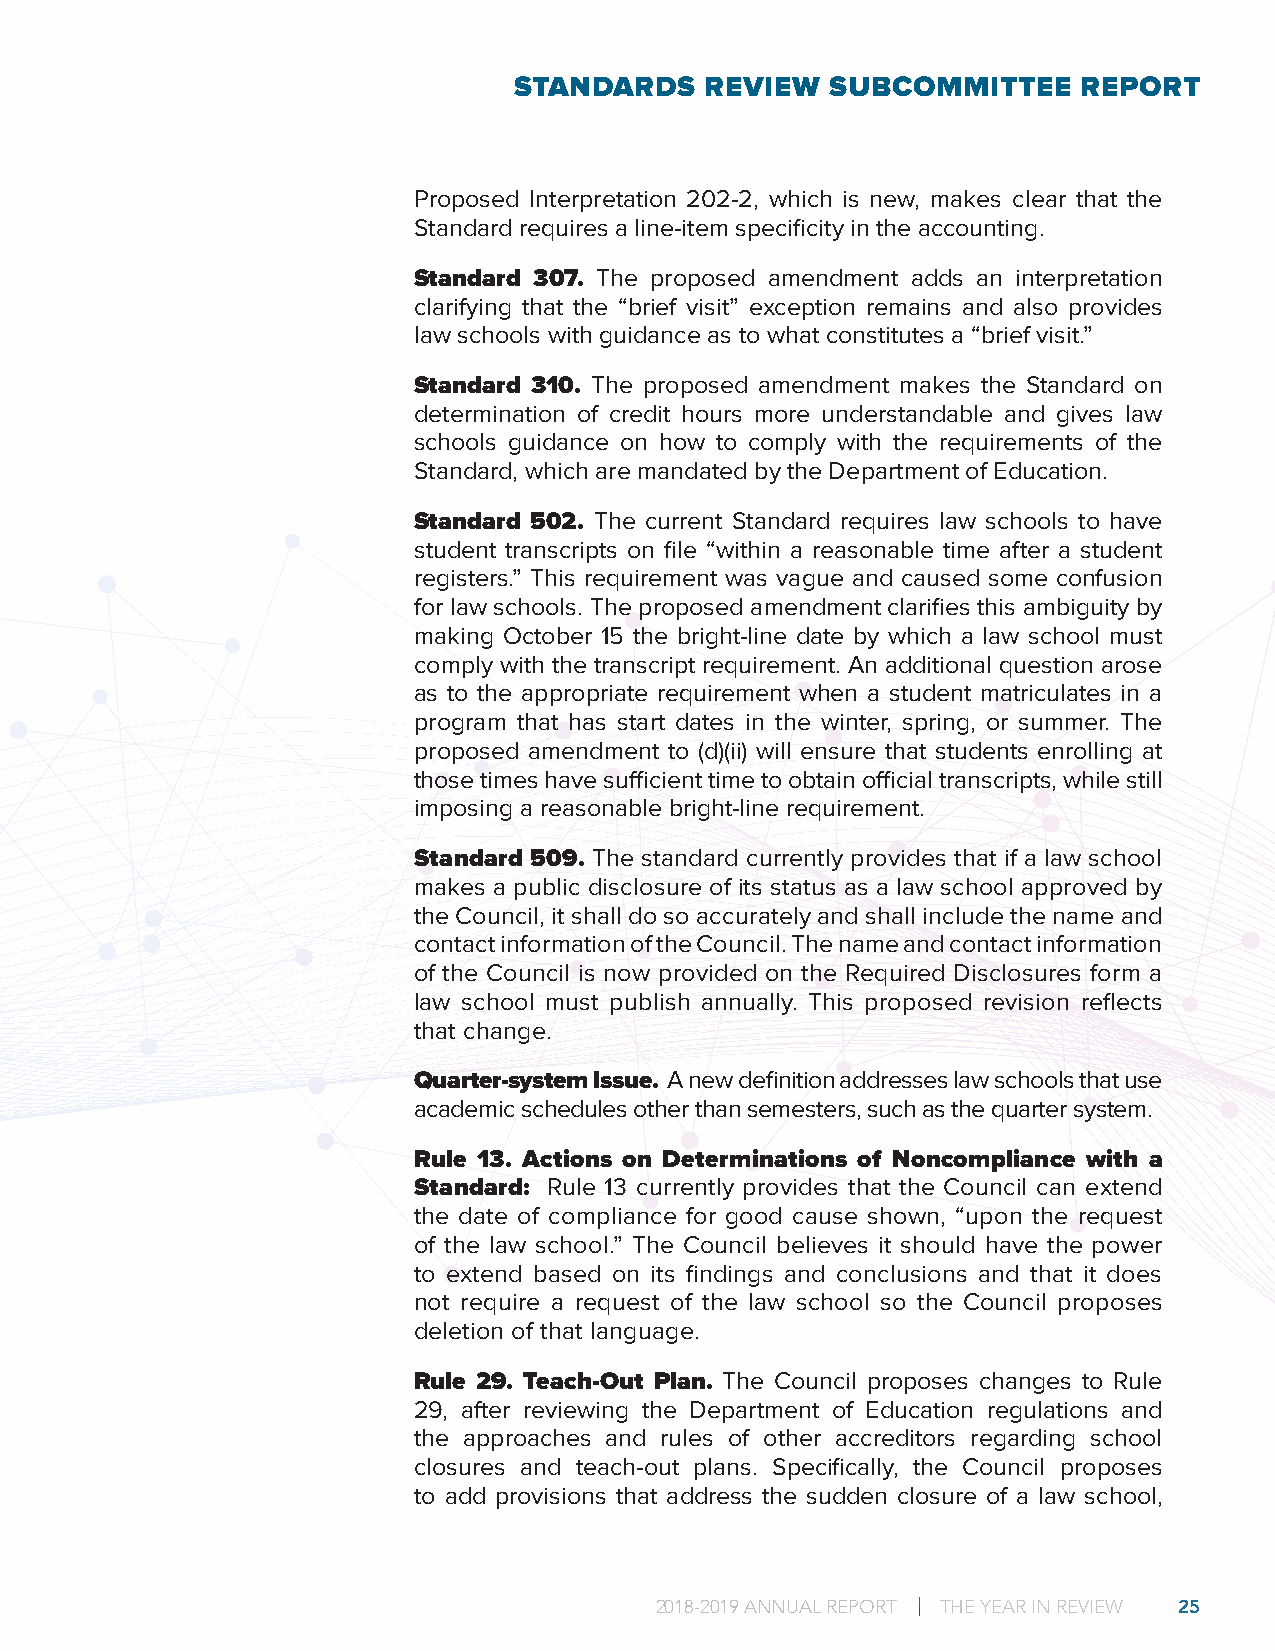
STANDARDS    REVIEW  SUBCOMMITTEE     REPORT
 Proposed Interpretation 202-2, which is new, makes clear that the
 Standard requires a line-item specificity in the accounting.
 Standard 307. The proposed amendment adds an interpretation
 clarifying that the “brief visit” exception remains and also provides
 law schools with guidance as to what constitutes a “brief visit.”
 Standard 310. The proposed amendment makes the Standard on
 determination of credit hours more understandable and gives law
 schools guidance on how to comply with the requirements of the
 Standard, which are mandated by the Department of Education.
 Standard 502. The current Standard requires law schools to have
 student transcripts on file “within a reasonable time after a student
 registers.” This requirement was vague and caused some confusion
 for law schools. The proposed amendment clarifies this ambiguity by
 making October 15 the bright-line date by which a law school must
 comply with the transcript requirement. An additional question arose
 as to the appropriate requirement when a student matriculates in a
 program that has start dates in the winter, spring, or summer. The
 proposed amendment to (d)(ii) will ensure that students enrolling at
 those times have sufficient time to obtain official transcripts, while still
 imposing a reasonable bright-line requirement.
 Standard 509. The standard currently provides that if a law school
 makes a public disclosure of its status as a law school approved by
 the Council, it shall do so accurately and shall include the name and
 contact information of the Council. The name and contact information
 of the Council is now provided on the Required Disclosures form a
 law school must publish annually. This proposed revision reflects
 that change.
 Quarter-system Issue. A new definition addresses law schools that use
 academic schedules other than semesters, such as the quarter system.
 Rule 13. Actions on Determinations of Noncompliance with a
 Standard: Rule 13 currently provides that the Council can extend
 the date of compliance for good cause shown, “upon the request
 of the law school.” The Council believes it should have the power
 to extend based on its findings and conclusions and that it does
 not require a request of the law school so the Council proposes
 deletion of that language.
 Rule 29. Teach-Out Plan. The Council proposes changes to Rule
 29, after reviewing the Department of Education regulations and
 the approaches and rules of other accreditors regarding school
 closures and teach-out plans. Specifically, the Council proposes
 to add provisions that address the sudden closure of a law school,
 2018-2019 ANNUAL REPORT | THE YEAR IN REVIEW 25